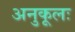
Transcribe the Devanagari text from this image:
अनुकूलः